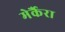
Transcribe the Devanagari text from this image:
मेर्कैरा